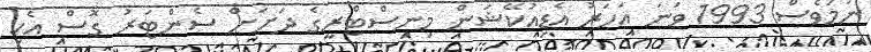
ނަމަވެސް 1993 ވަނަ އަހަރު އެޑިއުކޭޝަން މިނިސްޓްރީގެ ދަށަށް ސެންޓަރު ގޮސް އެކި